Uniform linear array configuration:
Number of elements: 8
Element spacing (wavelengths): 0.25
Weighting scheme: exponential
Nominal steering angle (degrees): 0
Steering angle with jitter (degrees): -1.24
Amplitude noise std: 0.05
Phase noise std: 0.05

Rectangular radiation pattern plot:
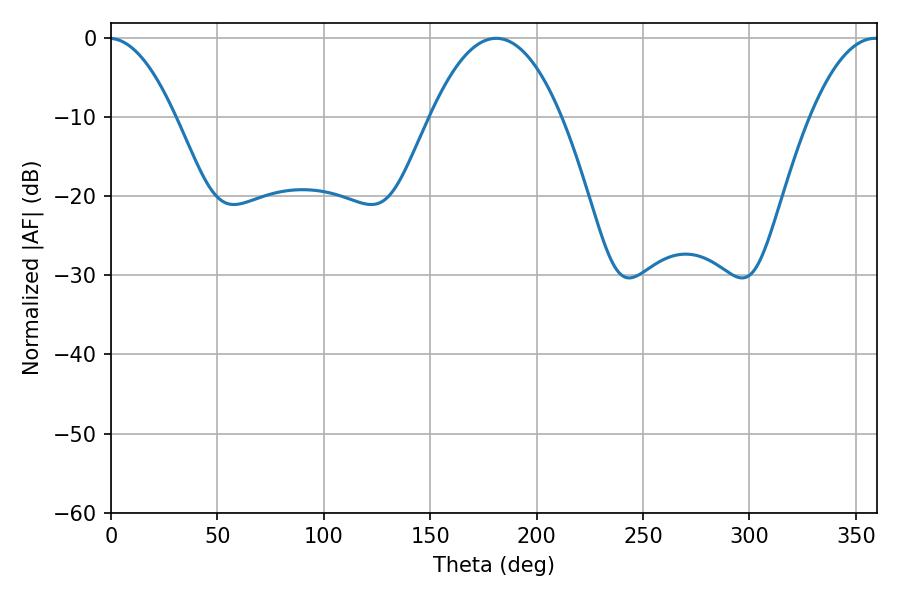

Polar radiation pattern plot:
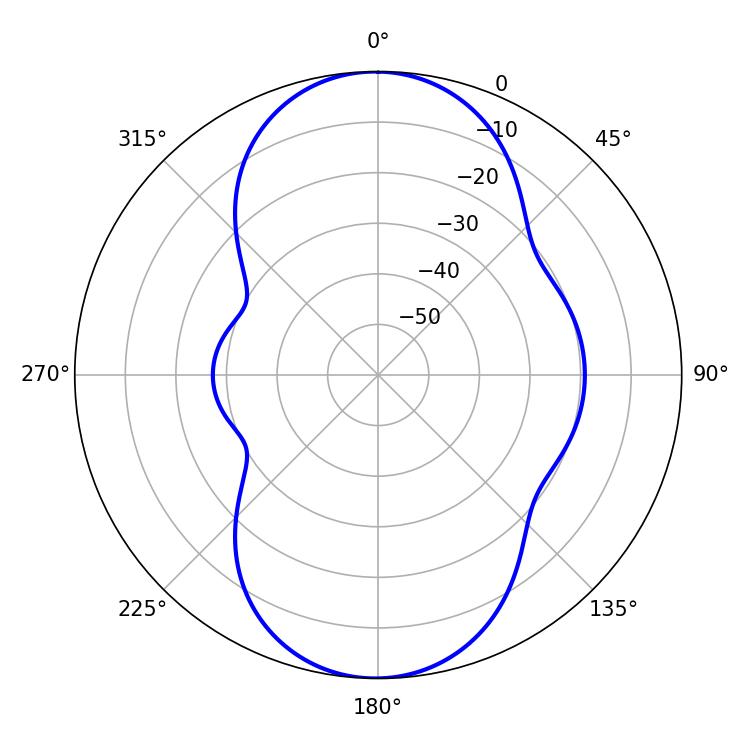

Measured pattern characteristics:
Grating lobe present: FALSE
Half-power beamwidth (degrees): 34.02
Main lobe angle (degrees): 181.08